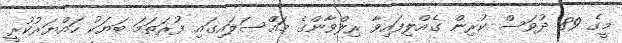
މީގެ 89 ދުވަސް ކުރިން ގެއްލިފައިވާ ރިލްވާންގެ މައްސަލައިގައި ފުރަތަމަ ބަޔަކު ހައްޔަރުކުރީ